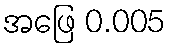
အဖြေ 0.005